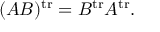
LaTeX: ( A B ) ^ { \operatorname { t r } } = B ^ { \operatorname { t r } } A ^ { \operatorname { t r } } .